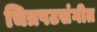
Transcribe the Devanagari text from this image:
चित्रपटसंगीत